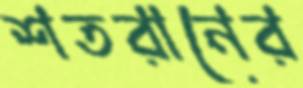
শতরানের